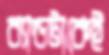
ব্যান্ডটাকেই